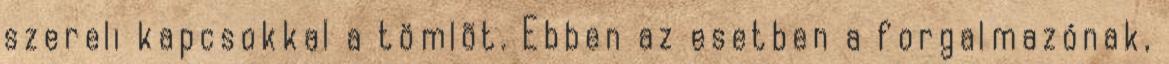
szereli kapcsokkal a tömlõt. Ebben az esetben a forgalmazónak,